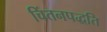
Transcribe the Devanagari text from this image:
चिंतनपद्धति